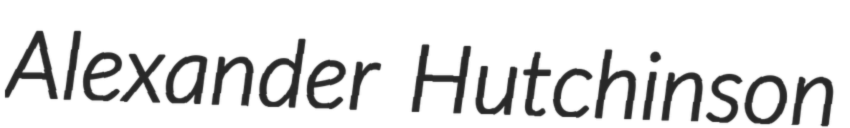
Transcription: Alexander Hutchinson